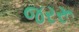
જરરૂ